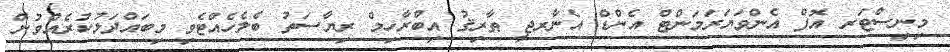
މިނިސްޓަރ އޮފް އެންވަޔަރަމަންޓް އެންޑް އެނާރޖީ ޠާރިޤު އިބްރާހިމް ރިޔާސަތު ބެލެހެއްޓެވި މިބައްދަލުކުރެއްވުން